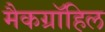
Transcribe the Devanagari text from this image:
मैकग्रॉहिल